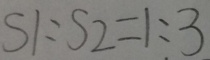
S 1 : S 2 = 1 : 3